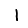
Digit: 1